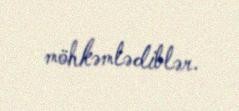
möhkəmlədiblər.